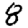
Digit: 8